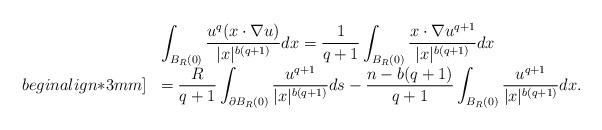
LaTeX: \begin{align*} \begin{array}{ll}&\displaystyle\int_{B_{R}(0)}\frac{u^{q}(x\cdot \nabla u)}{|x|^{b(q+1)}}dx=\frac{1}{q+1}\int_{B_{R}(0)}\frac{x\cdot \nabla u^{q+1}}{|x|^{b(q+1)}}dx\\begin{align*}3mm]&=\displaystyle\frac{R}{q+1}\int_{\partial B_{R}(0)}\frac{u^{q+1}}{|x|^{b(q+1)}}ds-\frac{n-b(q+1)}{q+1}\int_{B_R(0)}\frac{u^{q+1}}{|x|^{b(q+1)}}dx.\end{array}\end{align*}